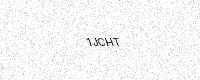
Text: 1JCHT